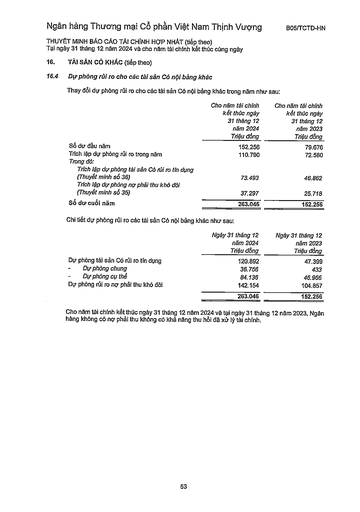
||Cho năm tài chính kết thúc ngày 31 tháng 12 năm 2024 Triệu đồng|Cho năm tài chính kết thúc ngày 31 tháng 12 năm 2023 Triệu đồng| |---|---|---| |Số dư đầu năm|152.256|79.676| |Trích lập dự phòng rủi ro trong năm|110.790|72.580| |Trong đó:||| |Trích lập dự phòng tài sản Có nội rủi ro tín dụng (Thuyết minh số 36)|73.493|46.862| |Trích lập dự phòng nợ phải thu khó đòi (Thuyết minh số 35)|37.297|25.718| |Số dư cuối năm|263.046|152.256| ||Ngày 31 tháng 12 năm 2024 Triệu đồng|Ngày 31 tháng 12 năm 2023 Triệu đồng| |---|---|---| |Dự phòng tài sản Có rủi ro tín dụng|120.892|47.399| |- Dự phòng chung|36.756|433| |Dự phòng cụ thể|84.136|46.966| |Dự phòng rủi ro nợ phải thu khó đòi|142.154|104.857| ||263.046|152.256|